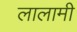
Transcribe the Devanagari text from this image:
लालामी